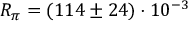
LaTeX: R _ { \pi } = ( 1 1 4 \pm 2 4 ) \cdot 1 0 ^ { - 3 }